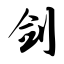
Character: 剑